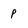
Character: P